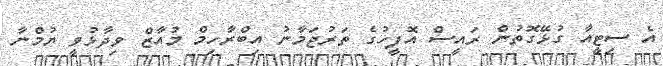
އެ ސިޓީއާ ގުޅޭގޮތުން ރައީސް އޮފީހުގެ ތަރުޖަމާނު އިބްރާހިމް މުއާޒް ވިދާޅުވީ ޔުމްނާ